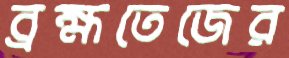
ব্রহ্মতেজের